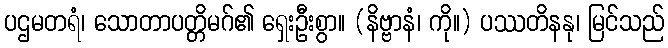
ပဌမတရံ၊ သောတာပတ္တိမဂ်၏ ရှေးဦးစွာ။ (နိဗ္ဗာနံ၊ ကို။) ပဿတိနနု၊ မြင်သည်